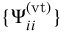
\{ \Psi _ { i i } ^ { ( \mathrm { v t } ) } \}